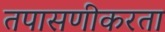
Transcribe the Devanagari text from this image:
तपासणीकरता